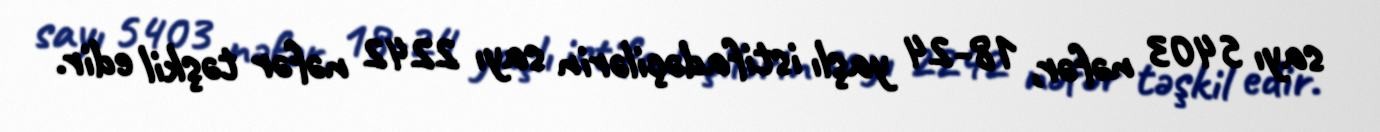
sayı 5403 nəfər, 18-24 yaşlı istifadəçilərin sayı 2242 nəfər təşkil edir.